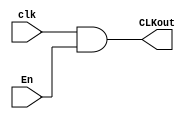
module clkEn(
input clk,
input En,
output CLKout);

assign CLKout = clk & En;
endmodule